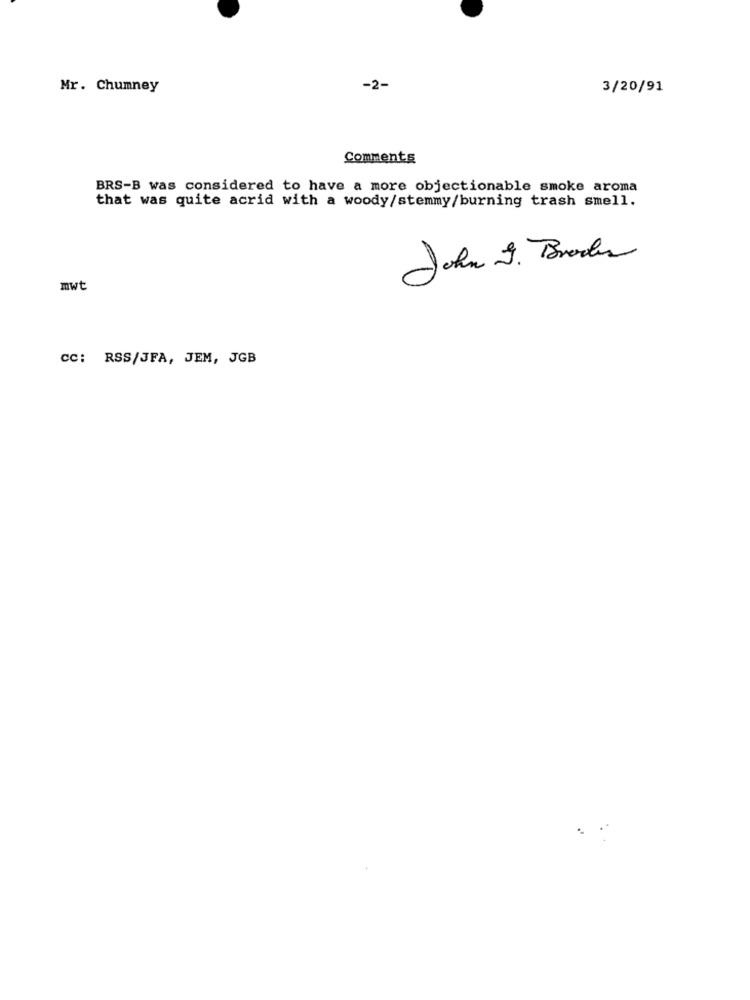
Mr. Chumney
-2-
3/20/91
Comments
BRS-B was considered to have a more objectionable smoke aroma
that was quite acrid with a woody/stemmy/burning trash smell.
John J. Broder
mwt
Cc: RSS/JFA, JEM, JGB